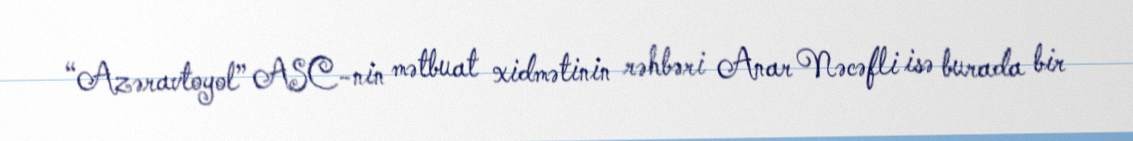
“Azəravtoyol” ASC-nin mətbuat xidmətinin rəhbəri Anar Nəcəfli isə burada bir